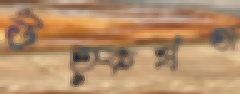
উত্কর্ষতা